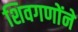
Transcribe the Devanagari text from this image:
शिवगणोंने